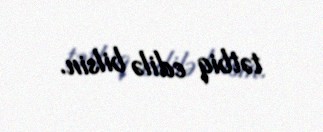
tətbiq edilə bilsin.